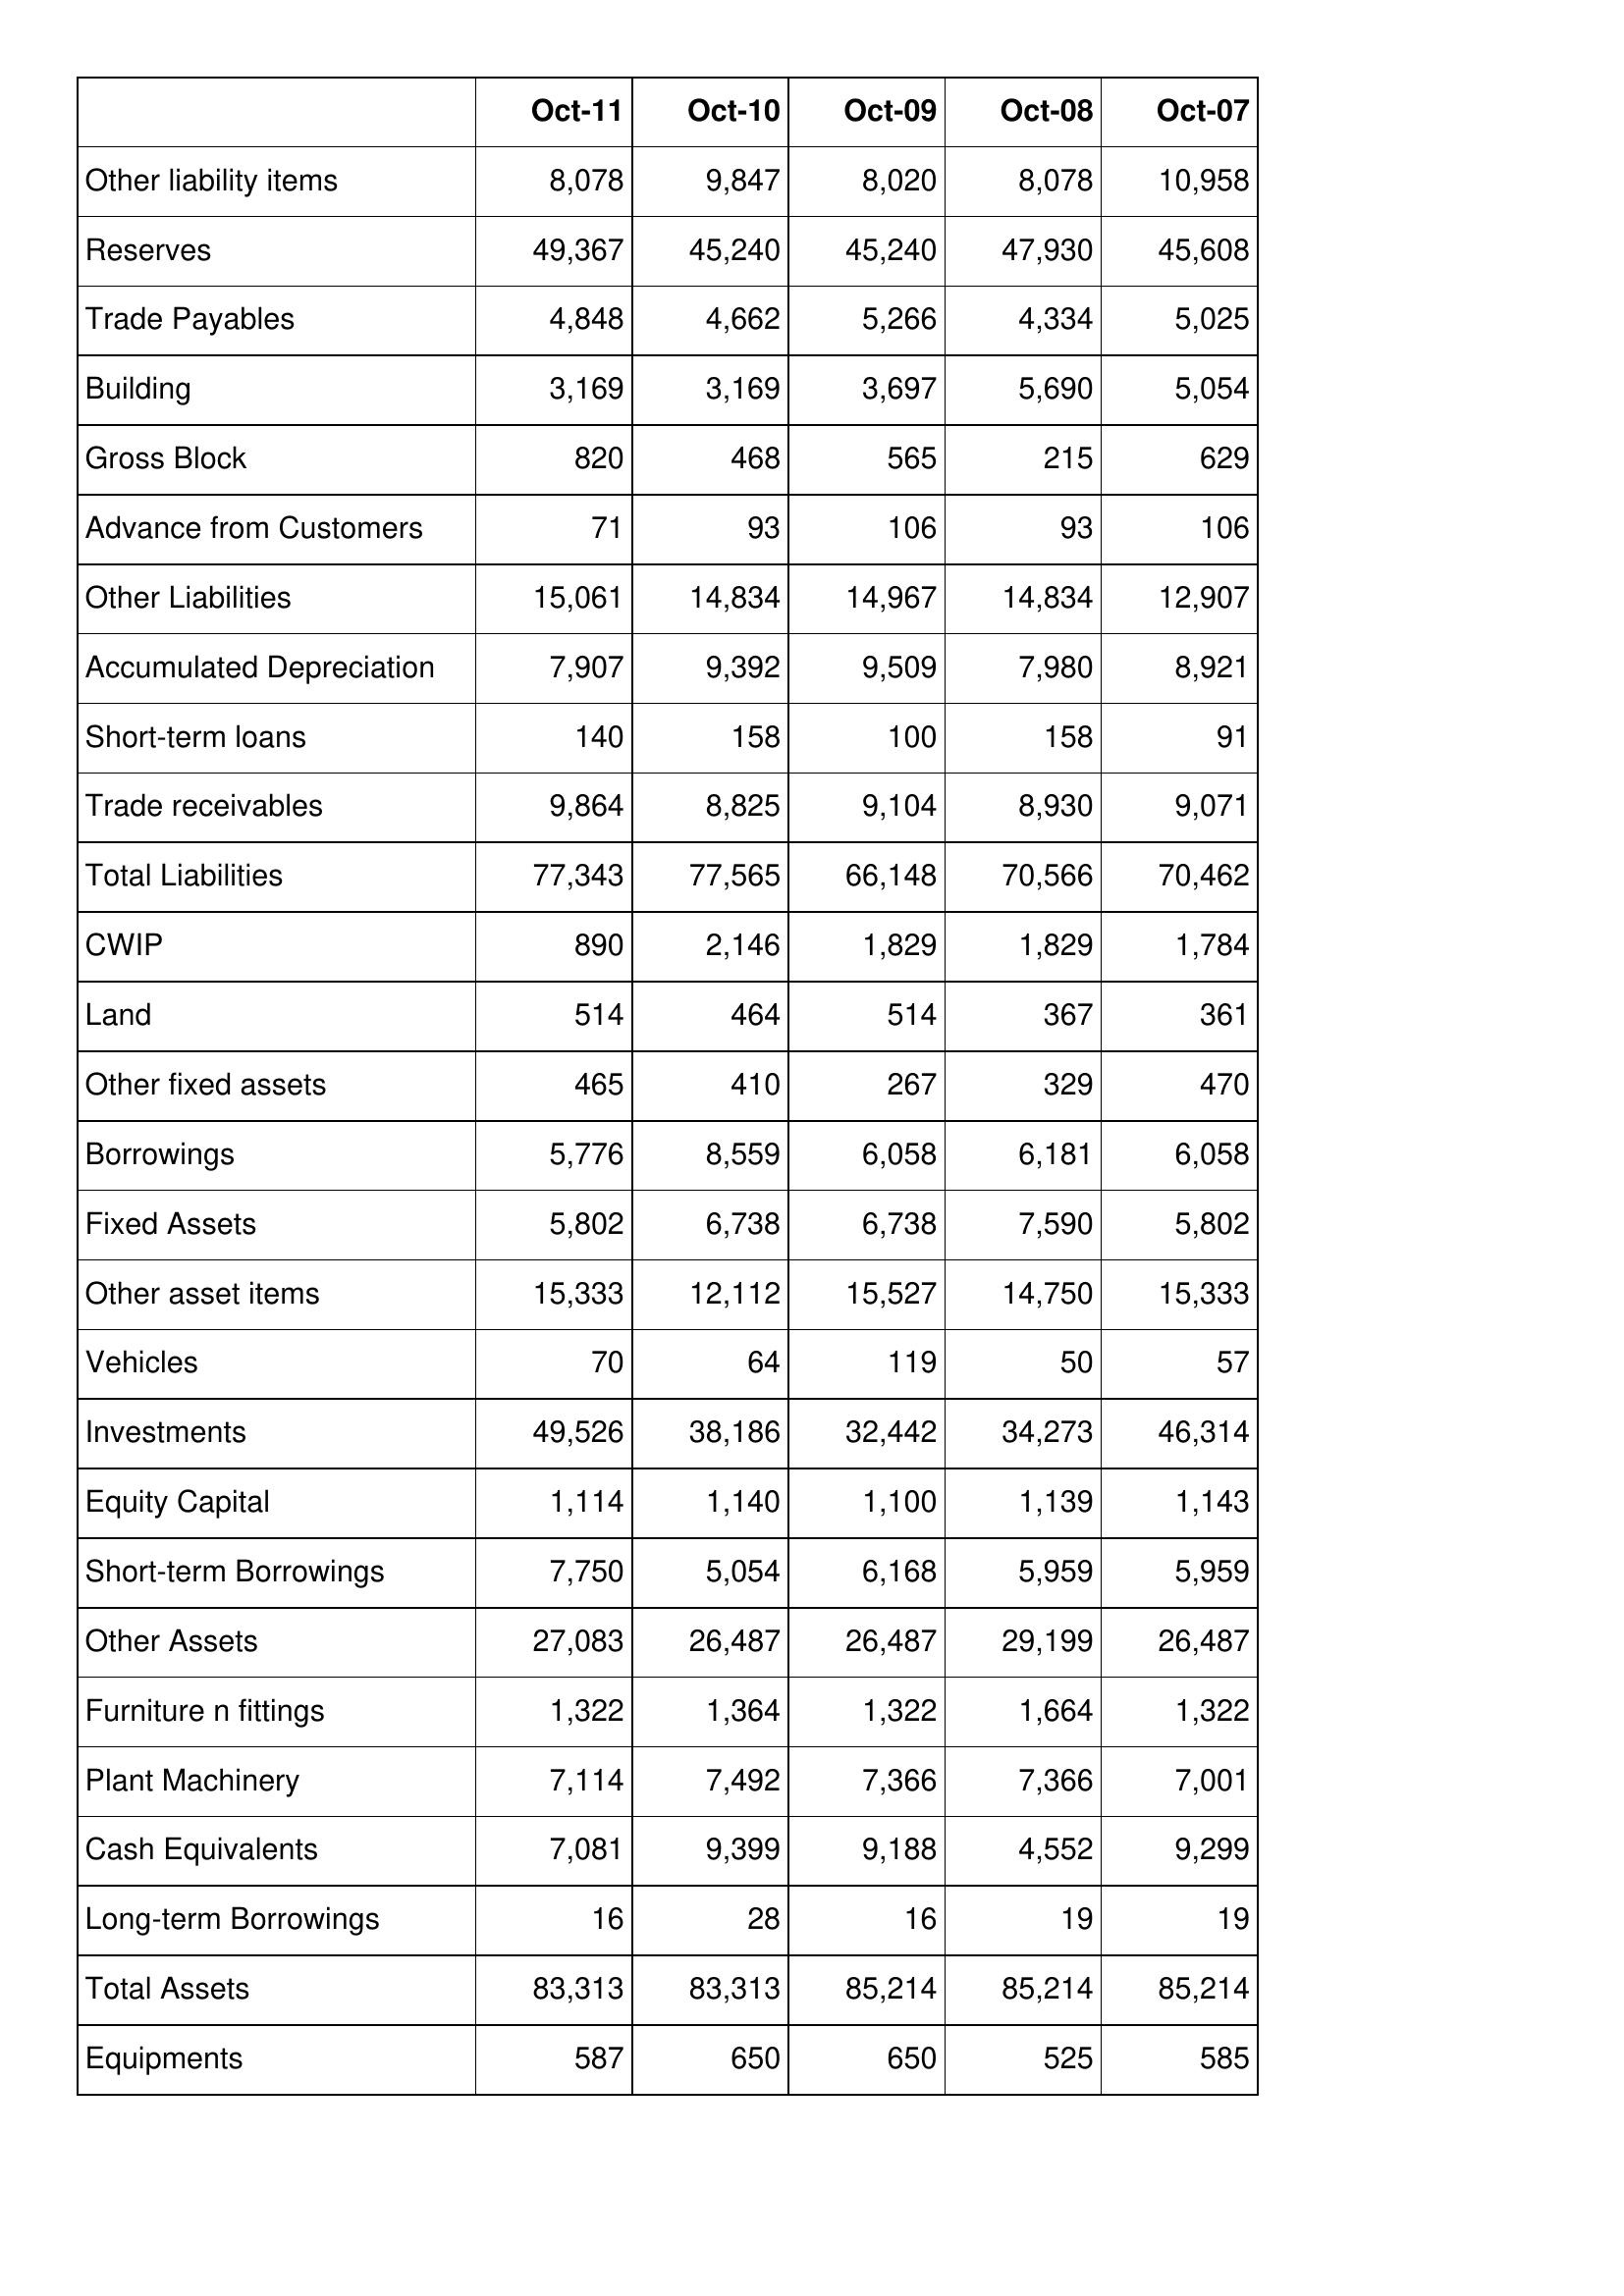
Oct-11: Balance Sheet: Other liability items: 8,078
Reserves: 49,367
Trade Payables: 4,848
Building: 3,169
Gross Block: 820
Advance from Customers: 71
Other Liabilities: 15,061
Accumulated Depreciation: 7,907
Short-term loans: 140
Trade receivables: 9,864
Total Liabilities: 77,343
CWIP: 890
Land: 514
Other fixed assets: 465
Borrowings: 5,776
Fixed Assets: 5,802
Other asset items: 15,333
Vehicles: 70
Investments: 49,526
Equity Capital: 1,114
Short-term Borrowings: 7,750
Other Assets: 27,083
Furniture n fittings: 1,322
Plant Machinery: 7,114
Cash Equivalents: 7,081
Long-term Borrowings: 16
Total Assets: 83,313
Equipments: 587
Oct-10: Balance Sheet: Other liability items: 9,847
Reserves: 45,240
Trade Payables: 4,662
Building: 3,169
Gross Block: 468
Advance from Customers: 93
Other Liabilities: 14,834
Accumulated Depreciation: 9,392
Short-term loans: 158
Trade receivables: 8,825
Total Liabilities: 77,565
CWIP: 2,146
Land: 464
Other fixed assets: 410
Borrowings: 8,559
Fixed Assets: 6,738
Other asset items: 12,112
Vehicles: 64
Investments: 38,186
Equity Capital: 1,140
Short-term Borrowings: 5,054
Other Assets: 26,487
Furniture n fittings: 1,364
Plant Machinery: 7,492
Cash Equivalents: 9,399
Long-term Borrowings: 28
Total Assets: 83,313
Equipments: 650
Oct-09: Balance Sheet: Other liability items: 8,020
Reserves: 45,240
Trade Payables: 5,266
Building: 3,697
Gross Block: 565
Advance from Customers: 106
Other Liabilities: 14,967
Accumulated Depreciation: 9,509
Short-term loans: 100
Trade receivables: 9,104
Total Liabilities: 66,148
CWIP: 1,829
Land: 514
Other fixed assets: 267
Borrowings: 6,058
Fixed Assets: 6,738
Other asset items: 15,527
Vehicles: 119
Investments: 32,442
Equity Capital: 1,100
Short-term Borrowings: 6,168
Other Assets: 26,487
Furniture n fittings: 1,322
Plant Machinery: 7,366
Cash Equivalents: 9,188
Long-term Borrowings: 16
Total Assets: 85,214
Equipments: 650
Oct-08: Balance Sheet: Other liability items: 8,078
Reserves: 47,930
Trade Payables: 4,334
Building: 5,690
Gross Block: 215
Advance from Customers: 93
Other Liabilities: 14,834
Accumulated Depreciation: 7,980
Short-term loans: 158
Trade receivables: 8,930
Total Liabilities: 70,566
CWIP: 1,829
Land: 367
Other fixed assets: 329
Borrowings: 6,181
Fixed Assets: 7,590
Other asset items: 14,750
Vehicles: 50
Investments: 34,273
Equity Capital: 1,139
Short-term Borrowings: 5,959
Other Assets: 29,199
Furniture n fittings: 1,664
Plant Machinery: 7,366
Cash Equivalents: 4,552
Long-term Borrowings: 19
Total Assets: 85,214
Equipments: 525
Oct-07: Balance Sheet: Other liability items: 10,958
Reserves: 45,608
Trade Payables: 5,025
Building: 5,054
Gross Block: 629
Advance from Customers: 106
Other Liabilities: 12,907
Accumulated Depreciation: 8,921
Short-term loans: 91
Trade receivables: 9,071
Total Liabilities: 70,462
CWIP: 1,784
Land: 361
Other fixed assets: 470
Borrowings: 6,058
Fixed Assets: 5,802
Other asset items: 15,333
Vehicles: 57
Investments: 46,314
Equity Capital: 1,143
Short-term Borrowings: 5,959
Other Assets: 26,487
Furniture n fittings: 1,322
Plant Machinery: 7,001
Cash Equivalents: 9,299
Long-term Borrowings: 19
Total Assets: 85,214
Equipments: 585